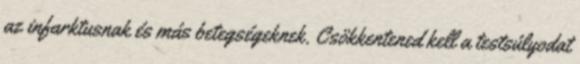
az infarktusnak és más betegségeknek. Csökkentened kell a testsúlyodat